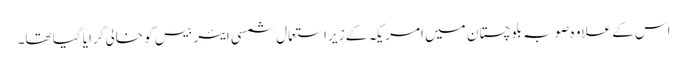
اس کے علاوہ صوبہ بلوچستان میں امریکہ کے زیر استعمال شمسی ایئر بیس کو خالی کرایا گیا تھا۔